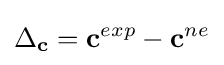
\Delta _{\mathbf {c} }=\mathbf {c} ^{exp}-\mathbf {c} ^{ne}